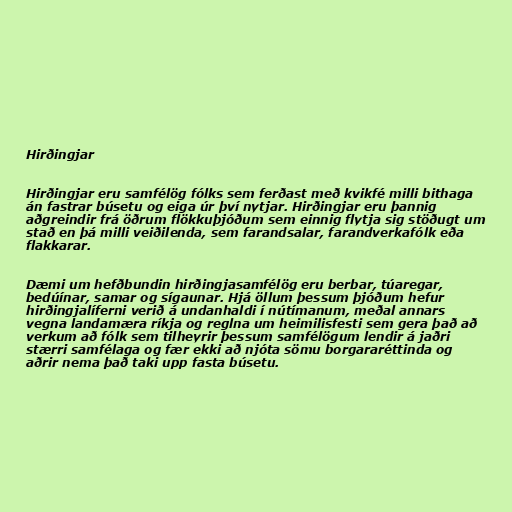
Hirðingjar

Hirðingjar eru samfélög fólks sem ferðast með kvikfé milli bithaga
án fastrar búsetu og eiga úr því nytjar. Hirðingjar eru þannig
aðgreindir frá öðrum flökkuþjóðum sem einnig flytja sig stöðugt um
stað en þá milli veiðilenda, sem farandsalar, farandverkafólk eða
flakkarar.

Dæmi um hefðbundin hirðingjasamfélög eru berbar, túaregar,
bedúínar, samar og sígaunar. Hjá öllum þessum þjóðum hefur
hirðingjalíferni verið á undanhaldi í nútímanum, meðal annars
vegna landamæra ríkja og reglna um heimilisfesti sem gera það að
verkum að fólk sem tilheyrir þessum samfélögum lendir á jaðri
stærri samfélaga og fær ekki að njóta sömu borgararéttinda og
aðrir nema það taki upp fasta búsetu.